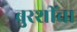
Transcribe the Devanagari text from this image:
बुरशींचा